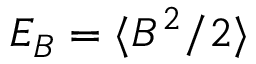
E _ { B } = \langle B ^ { 2 } / 2 \rangle